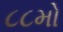
૮૮મો